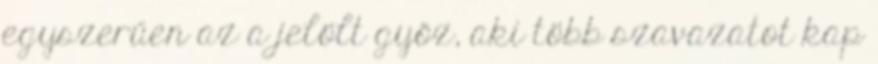
egyszerűen az a jelölt győz, aki több szavazatot kap